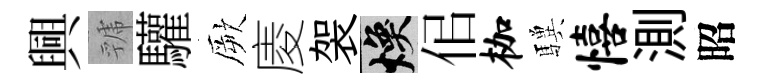
興虢驩厥庱袈焕佀枷驥僖測昭